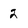
Character: 2